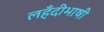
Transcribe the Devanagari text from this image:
लहँदीभाषी